342_HS1-416511228_319.1 Flying Discs 1949
Agency: Department of War
Incident date: 1/9/50
Page 116
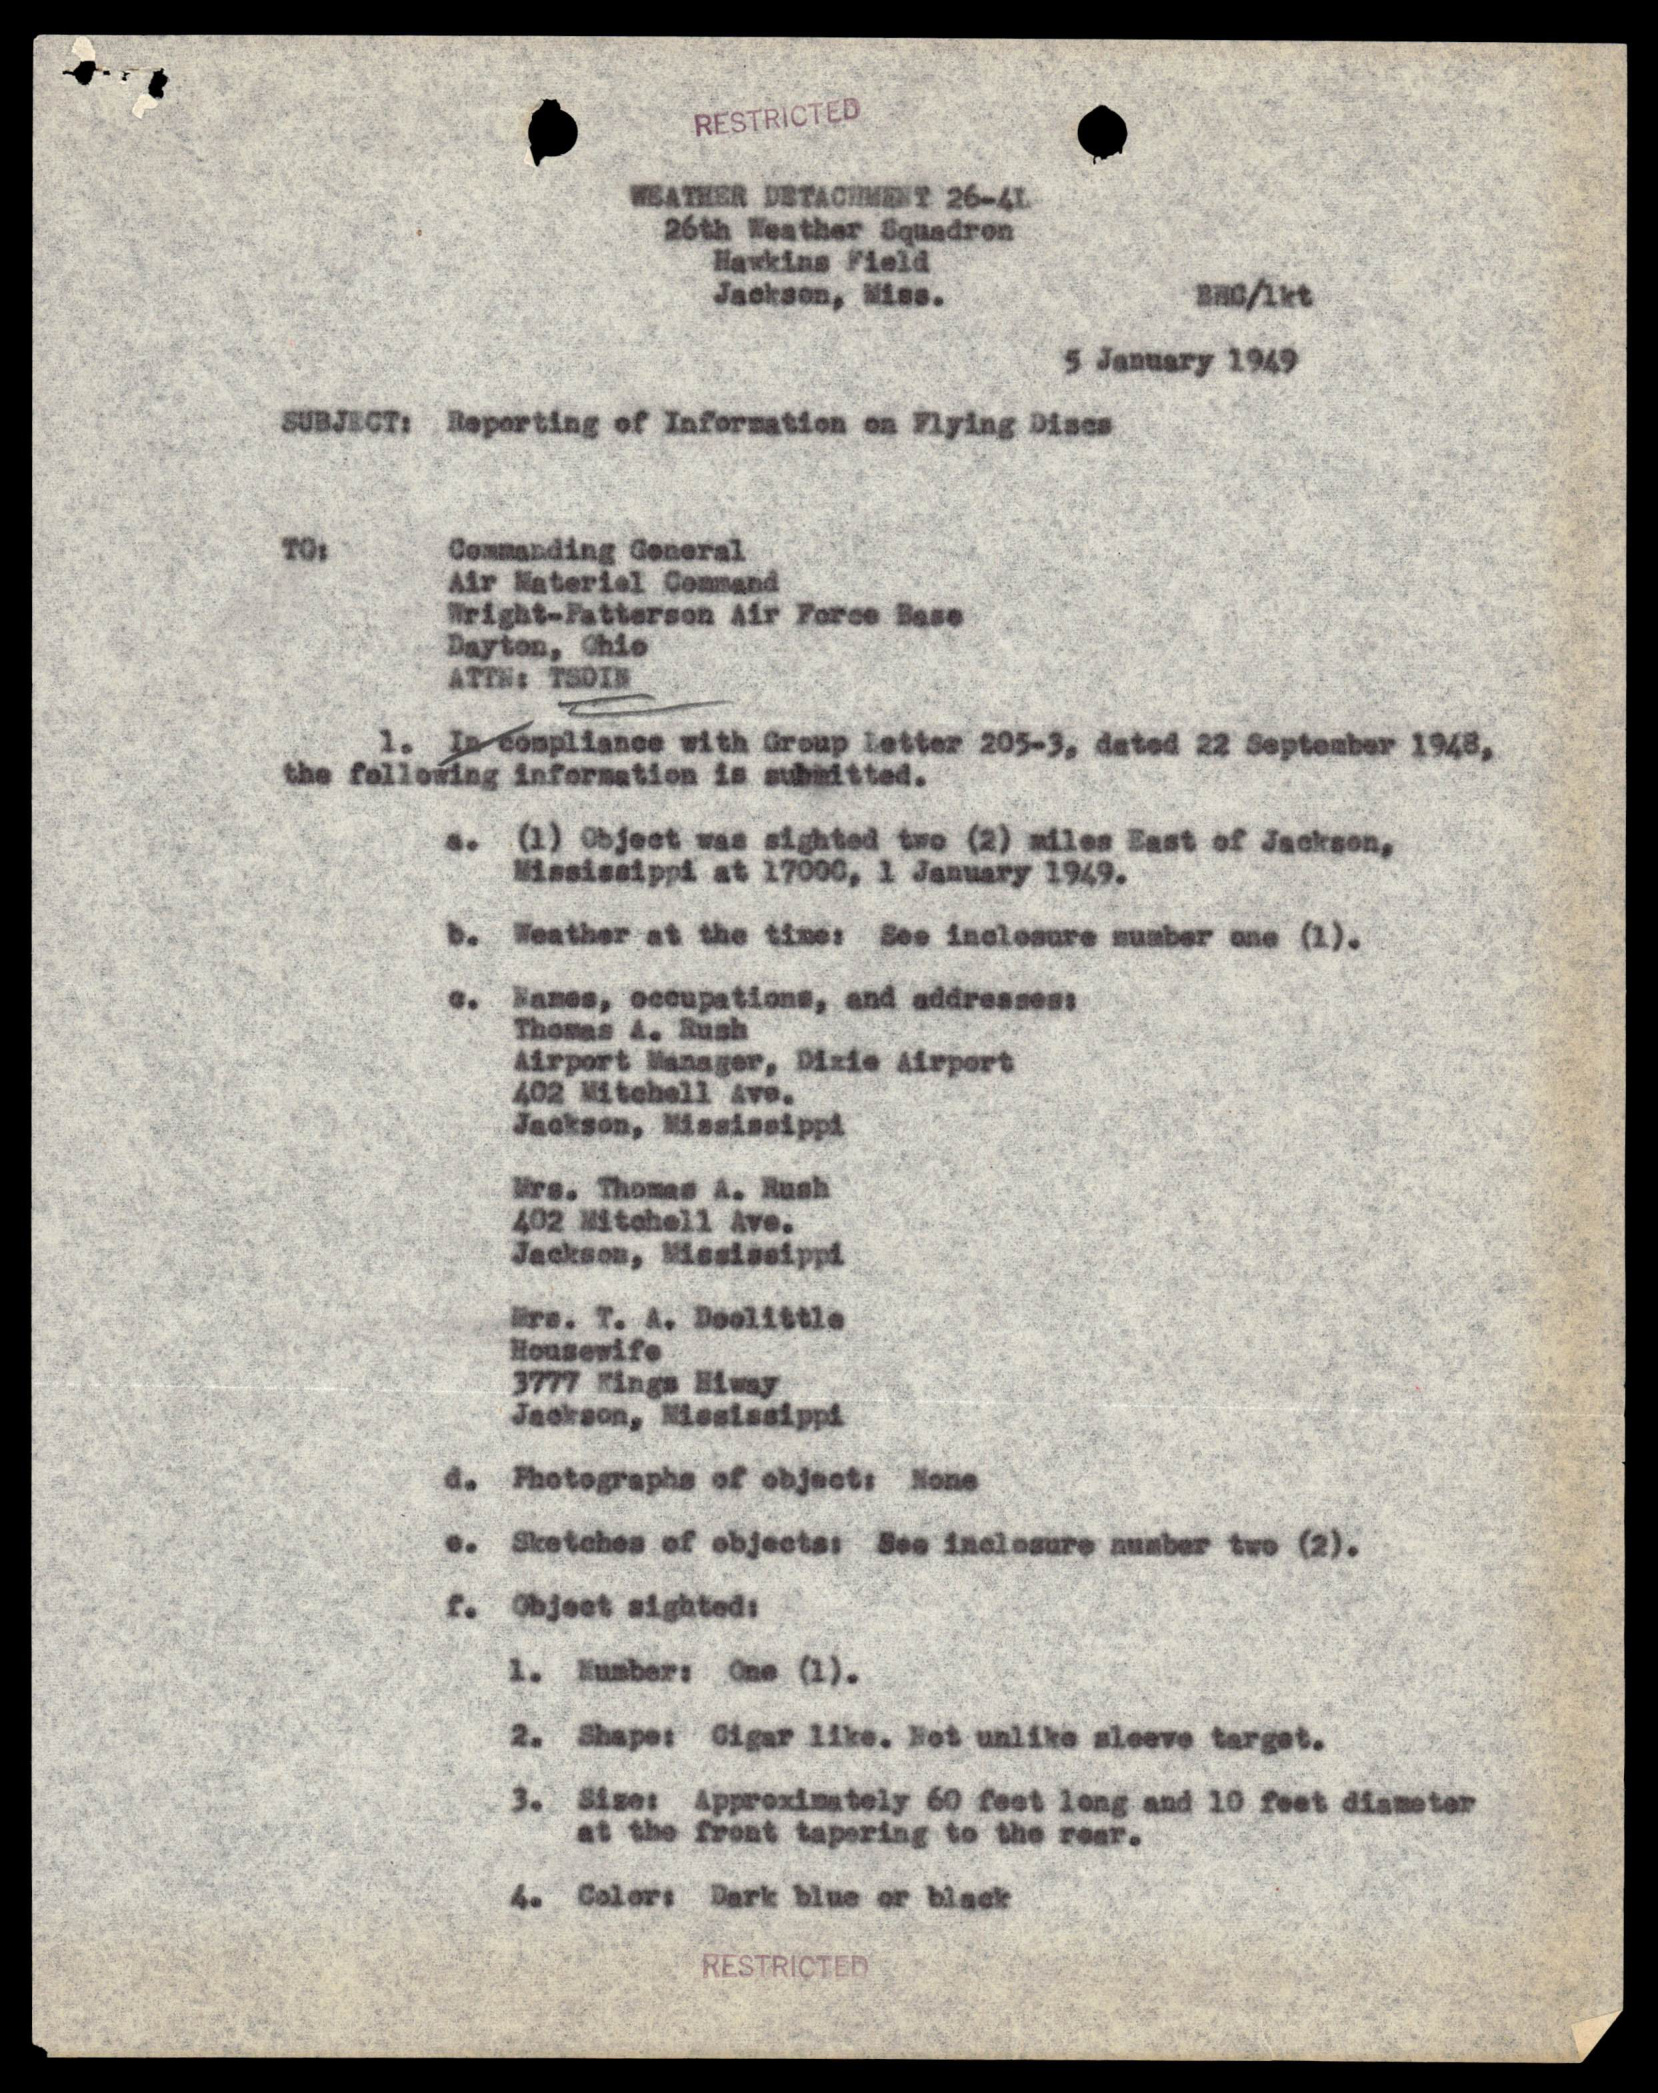